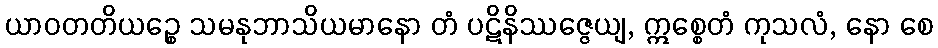
ယာဝတတိယဉ္စေ သမနုဘာသိယမာနော တံ ပဋိနိဿဇ္ဇေယျ, ဣစ္စေတံ ကုသလံ, နော စေ